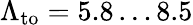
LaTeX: \Lambda_{\textrm{to}}=5.8\dots 8.5